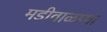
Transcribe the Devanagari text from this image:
मडीवाळप्पा